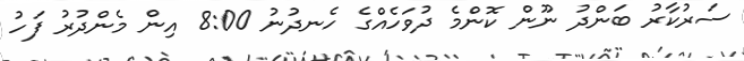
ސަރުކާރު ބަންދު ނޫން ކޮންމެ ދުވަހެއްގެ ހެނދުނު 8:00 އިން މެންދުރު ފަހު